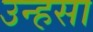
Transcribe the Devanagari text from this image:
उन्हसा